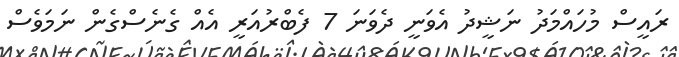
ރައީސް މުހައްމަދު ނަޝީދު އެވަނީ ދެވަނަ 7 ފެބްރުއަރީ އެއް ގެނެސްގެން ނަމަވެސް